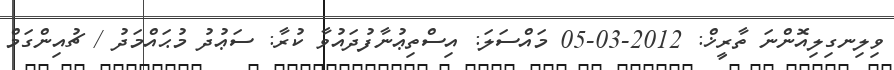
ވިލިނގިލިއޮންނަ ތާރީޚް: 2012-03-05 މައްސަލަ: އިސްތިޢުނާފުދައުވާ ކުރާ: ސަޢުދު މުޙައްމަދު / ޗުއިންގަމް